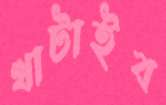
খাটাইব